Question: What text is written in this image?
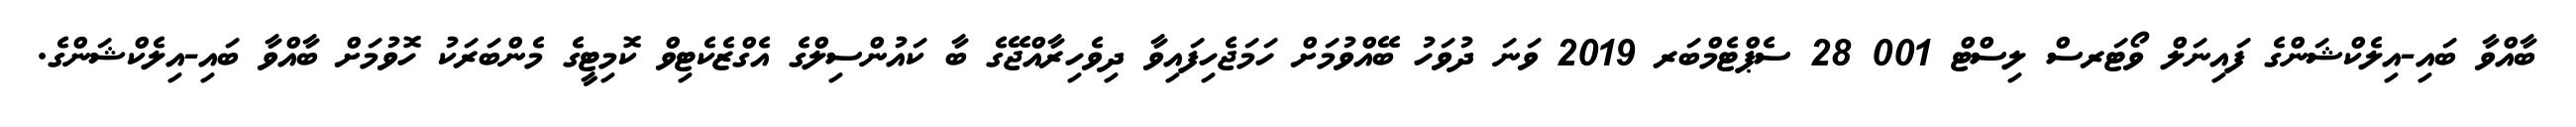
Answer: ބާއްވާ ބައި-އިލެކްޝަންގެ ފައިނަލް ވޯޓަރސް ލިސްޓް 001 28 ސެޕްޓެމްބަރ 2019 ވަނަ ދުވަހު ބޭއްވުމަށް ހަމަޖެހިފައިވާ ދިވެހިރާއްޖޭގެ ބާ ކައުންސިލްގެ އެގްޒެކެޓިވް ކޮމިޓީގެ މެންބަރަކު ހޮވުމަށް ބާއްވާ ބައި-އިލެކްޝަންގެ.